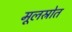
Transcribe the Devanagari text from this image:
मूलस्रोत